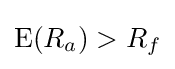
\operatorname {E} (R_{a})>R_{f}